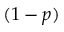
( 1 - p )